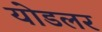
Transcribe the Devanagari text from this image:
योडलर